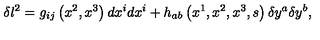
\delta l ^ { 2 } = g _ { i j } \left( x ^ { 2 } , x ^ { 3 } \right) d x ^ { i } d x ^ { i } + h _ { a b } \left( x ^ { 1 } , x ^ { 2 } , x ^ { 3 } , s \right) \delta y ^ { a } \delta y ^ { b } ,